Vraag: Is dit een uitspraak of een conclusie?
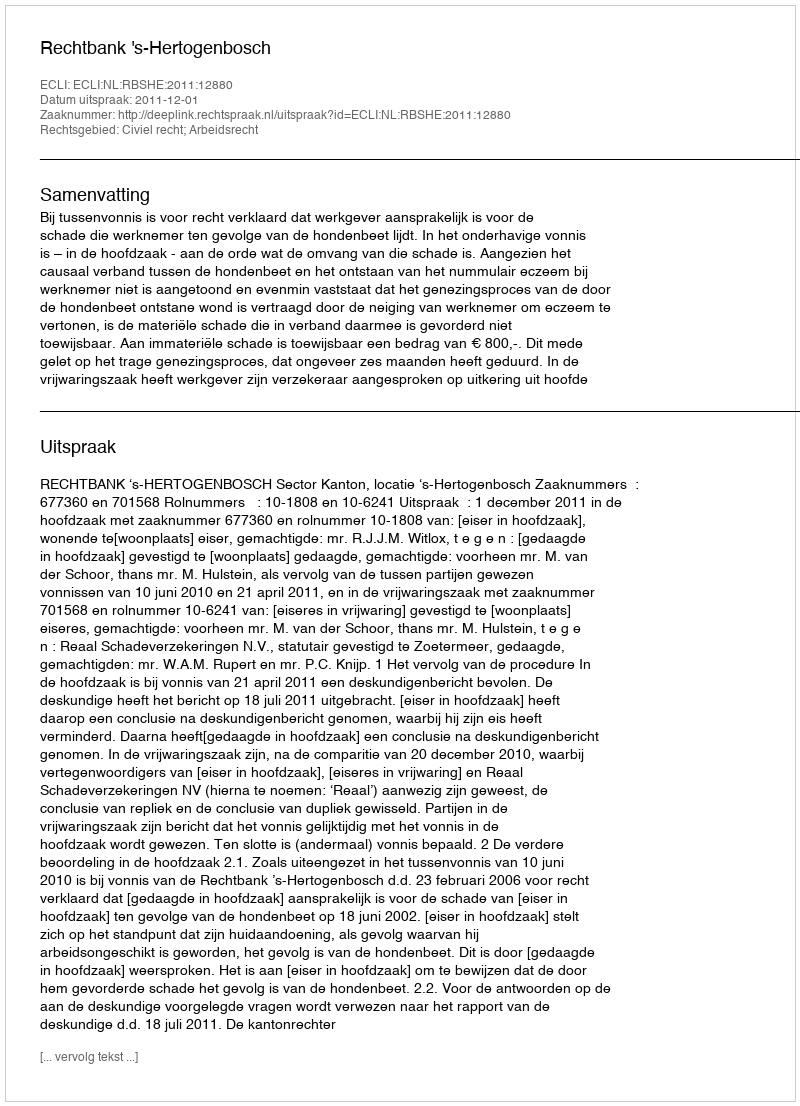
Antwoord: Uitspraak